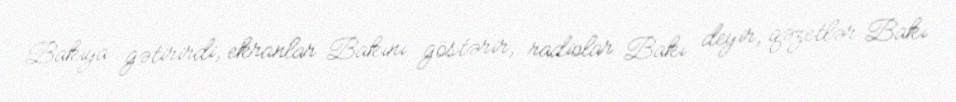
Bakıya gətirirdi, ekranlar Bakını göstərir, radiolar Bakı deyir, qəzetlər Bakı